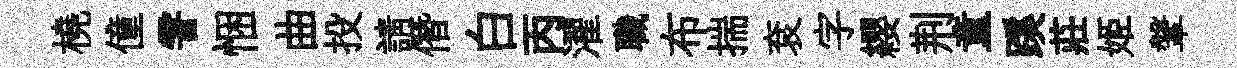
橈僮霅悃曲投請僭白丙濯職布揣袞字纓荆童蹊莊姬鞶